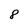
Character: 8